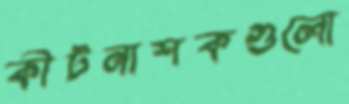
কীটনাশকগুলো